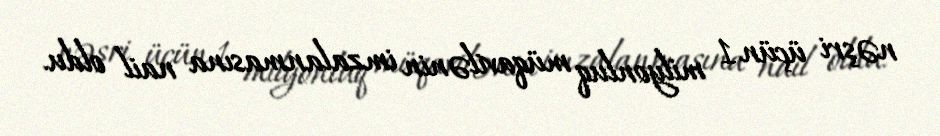
nəşri üçün 1 milyonluq müqavilənin imzalanmasına nail oldu.